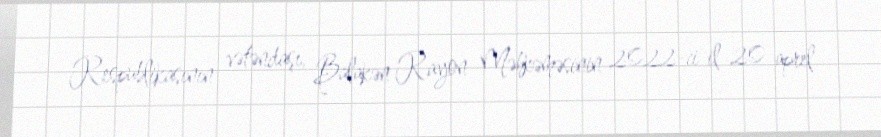
Respublikasının vətəndaşı, Balakən Rayon Məhkəməsinin 2022-ci il 20 aprel